Lunatic asylums Central Provinces reports 1910-1926 - 1910-1926
Year: 1910
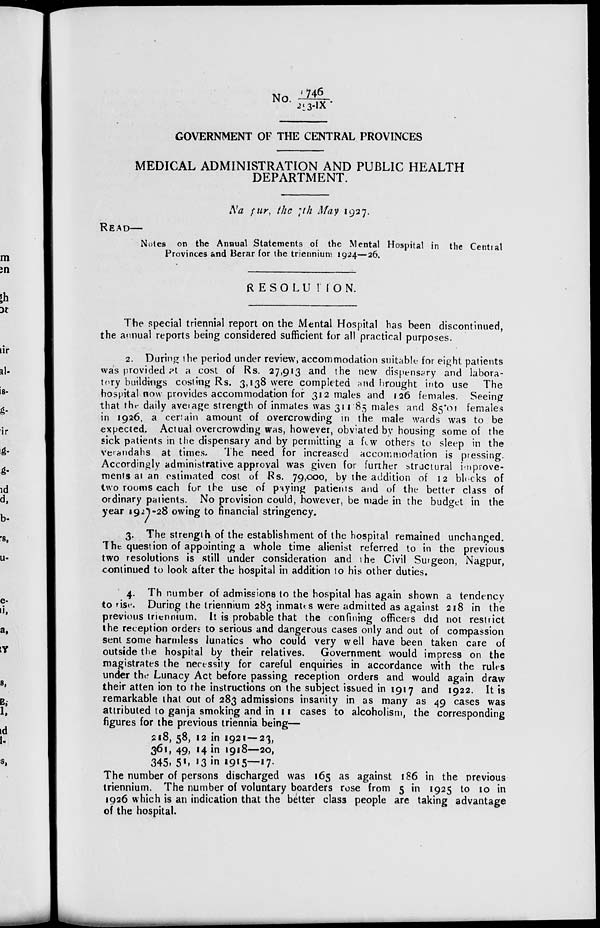
No. 746/253-IX
GOVERNMENT OF THE CENTRAL PROVINCES
MEDICAL ADMINISTRATION AND PUBLIC HEALTH
DEPARTMENT.
Nagpur, the 7th May 1927.
READ—
Notes on the Annual Statements of the Mental Hospital in the Central
Provinces and Berar for the triennium 1924—26.
RESOLUTION.
The special triennial report on the Mental Hospital has been discontinued,
the annual reports being considered sufficient for all practical purposes.
2. During the period under review, accommodation suitable for eight patients
was provided at a cost of Rs. 27,913 and the new dispensary and labora-
tory buildings costing Rs. 3,138 were completed and brought into use The
hospital now provides accommodation for 312 males and 126 females. Seeing
that the daily average strength of inmates was 311.85 males and 85.01 females
in 1926, a certain amount of overcrowding in the male wards was to be
expected. Actual overcrowding was, however, obviated by housing some of the
sick patients in the dispensary and by permitting a few others to sleep in the
verandahs at times.
The need for increased accommodation is pressing
Accordingly administrative approval was given for further structural improve-
ments at an estimated cost of Rs. 79,000, by the addition of 12 blocks of
two rooms each for the use of paying patients and of the better class of
ordinary patients. No provision could, however, be made in the budget in the
year 1927-28 owing to financial stringency,
3. The strength of the establishment of the hospital remained unchanged.
The question of appointing a whole time alienist referred to in the previous
two resolutions is still under consideration and the Civil Surgeon, Nagpur,
continued to look after the hospital in addition to his other duties.
4. The number of admissions to the hospital has again shown a tendency
to rise. During the triennium 283 inmates were admitted as against 218 in the
previous triennium. It is probable that the confining officers did not restrict
the reception orders to serious and dangerous cases only and out of compassion
sent some harmless lunatics who could very well have been taken care of
outside the hospital by their relatives.
Government would impress on the
magistrates the necessity for careful enquiries in accordance with the rules
under the Lunacy Act before passing reception orders and would again draw
their attention to the instructions on the subject issued in 1917 and 1922. It is
remarkable that out of 283 admissions insanity in as many as 49 cases was
attributed to ganja smoking and in 11 cases to alcoholism, the corresponding
figures for the previous triennia being—
218,
361,
345,
58,
49,
51,
12in1921—23,
14in1918––20,
13in1915––17.
The number of persons discharged was 165 as against 186 in the previous
triennium. The number of voluntary boarders rose from 5 in 1925 to 10 in
1926 which is an indication that the better class people are taking advantage
of the hospital.